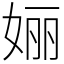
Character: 㛤